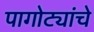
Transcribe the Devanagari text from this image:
पागोट्यांचे